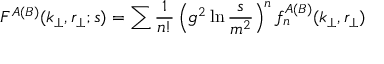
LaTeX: F ^ { A ( B ) } ( k _ { \perp } , r _ { \perp } ; s ) = \sum { \frac { 1 } { n ! } } \left( g ^ { 2 } \ln { \frac { s } { m ^ { 2 } } } \right) ^ { n } f _ { n } ^ { A ( B ) } ( k _ { \perp } , r _ { \perp } )